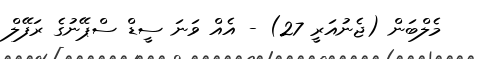
މެލްބަން (ޖެނުއަރީ 27) - އެއް ވަނަ ސީޑް ސްޕޭނުގެ ރަފޭލް